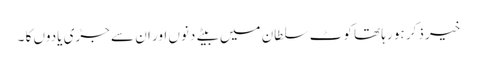
خیر ذکر ہو رہا تھا کوٹ سلطان میں بیتے دنوں اور ان سے جڑی یادوں کا ۔